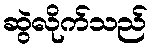
ဆွဲလိုက်သည်